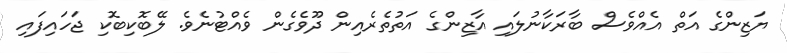
ޔަޒިންގެ އަތް އެއްވެސް ބާރަކާނުލައި އާޒިންގެ އަތުތެރެއިން ދޫވެގެން ވެއްޓުނެވެ. ލޭބޮކިބޮކި ޖަހައިފައި